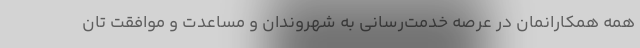
همه همکارانمان در عرصه خدمت‌رسانی به شهروندان و مساعدت و موافقت تان